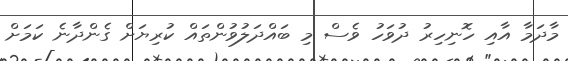
މާދަމާ އާއި ހޮނިހިރު ދުވަހު ވެސް މި ބައްދަލުވުންތައް ކުރިޔަށް ގެންދާނެ ކަމަށް